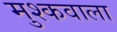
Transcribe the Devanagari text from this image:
मुश्कवाला